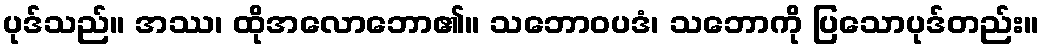
ပုဒ်သည်။ အဿ၊ ထိုအလောဘော၏။ သဘောဝပဒံ၊ သဘောကို ပြသောပုဒ်တည်း။